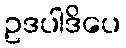
ဥဒပါဒိပေ